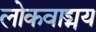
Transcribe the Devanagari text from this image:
लोकवाड्मय